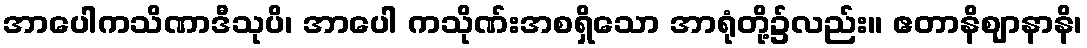
အာပေါကသိဏာဒီသုပိ၊ အာပေါ ကသိုဏ်းအစရှိသော အာရုံတို့၌လည်း။ ဧတာနိဈာနာနိ၊